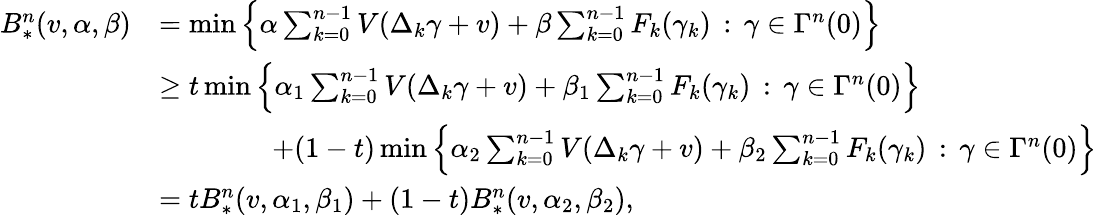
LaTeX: \begin{array}{rl}{B_{*}^{n}(v,\alpha,\beta)}&{=\operatorname*{min}\Big\{ \alpha\sum_{k=0}^{n-1}V(\Delta_{k}\gamma+v)+\beta\sum_{k=0}^{n-1}F_{k}(\gamma_{k})\, :\, \gamma\in\Gamma^{n}(0)\Big\} }\\ &{\ge t\operatorname*{min}\Big\{ \alpha_{1}\sum_{k=0}^{n-1}V(\Delta_{k}\gamma+v)+\beta_{1}\sum_{k=0}^{n-1}F_{k}(\gamma_{k})\, :\, \gamma\in\Gamma^{n}(0)\Big\} }\\ &{\qquad\qquad+(1-t)\operatorname*{min}\Big\{ \alpha_{2}\sum_{k=0}^{n-1}V(\Delta_{k}\gamma+v)+\beta_{2}\sum_{k=0}^{n-1}F_{k}(\gamma_{k})\, :\, \gamma\in\Gamma^{n}(0)\Big\} }\\ &{=tB_{*}^{n}(v,\alpha_{1},\beta_{1})+(1-t)B_{*}^{n}(v,\alpha_{2},\beta_{2}),}\end{array}